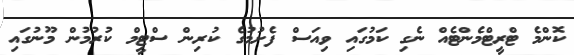
ކޮންމެ ޓްރީޓްމެންޓެއް ނެގި ކަމުގައި ވިއަސް ފެށުމުގެ ކުރިން ސްޓީމް ކުރުމުން މޫނުގައި